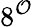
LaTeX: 8^{\mathcal{O}}